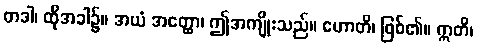
တဒါ၊ ထိုအခါ၌။ အယံ အတ္ထော၊ ဤအကျိုးသည်။ ဟောတိ၊ ဖြစ်၏။ ဣတိ၊